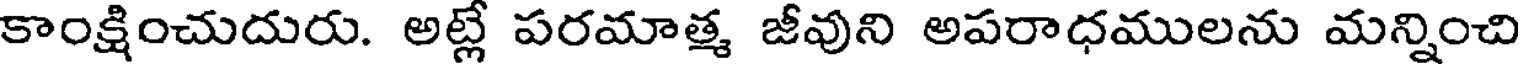
కాంక్షించుదురు. అట్లే పరమాత్మ జీవుని అపరాధములను మన్నించి